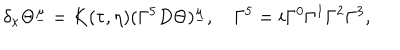
\delta _ { \kappa } \Theta ^ { \underline { { \mu } } } = K ( \tau , \eta ) ( \Gamma ^ { 5 } D \Theta ) ^ { \underline { { \mu } } } , \quad \Gamma ^ { 5 } = i \Gamma ^ { 0 } \Gamma ^ { 1 } \Gamma ^ { 2 } \Gamma ^ { 3 } ,